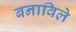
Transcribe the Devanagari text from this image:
बनाविले